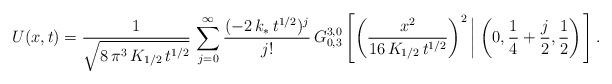
LaTeX: \begin{align*}U(x,t) = \frac{1}{\sqrt{8\,\pi^3\,K_{1/2}\,t^{1/2}}}\,\sum\limits_{j=0}^{\infty}\frac{(-2\,k_\ast\,t^{1/2})^j}{j!}\,G^{3,0}_{0,3}\left[ \left(\frac{x^2}{16\,K_{1/2}\,t^{1/2}}\right)^2 \left| \; \left( 0,\frac{1}{4} + \frac{j}{2}, \frac{1}{2}\right)\right.\right].\end{align*}